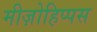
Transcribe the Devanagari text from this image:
मीज़ोहिप्पस